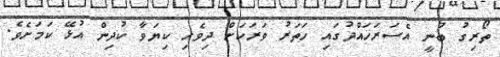
ތޯރިގު ބުނީ އެސަރަހައްދުގައި ހަތަރު ވަރަކަށް ދިވެހި ކިޔަވާ ކުދިން އުޅޭ ކަމަށެވެ.